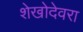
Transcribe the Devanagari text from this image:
शेखोदेवरा